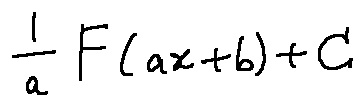
\frac { 1 } { a } F ( a x + b ) + C